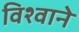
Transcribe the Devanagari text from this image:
विश्वाने